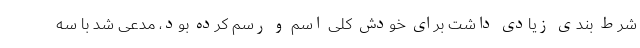
شرط بندی زیادی داشت برای خودش کلی اسم و رسم کرده بود، مدعی شد با سه